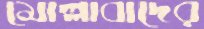
মোল্লাবাদের